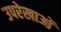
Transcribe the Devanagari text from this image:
उपरेखाओं